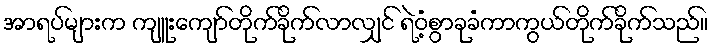
အာရပ်များက ကျူးကျော်တိုက်ခိုက်လာလျှင် ရဲဝံ့စွာခုခံကာကွယ်တိုက်ခိုက်သည်။